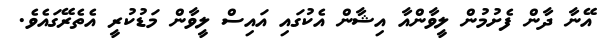
އޭނާ ދާން ފެށުމުން ލީވާންއާ އިޝާން އެކުގައި އައިސް ލީވާން މަޑުކުރީ އެތެރޭގައެވެ.